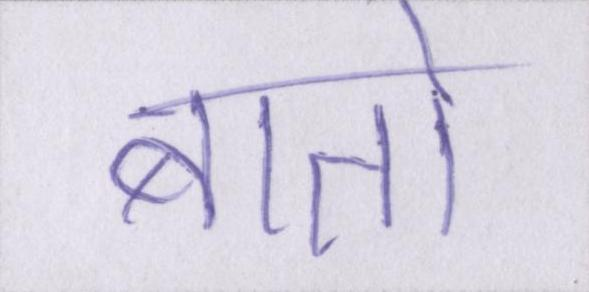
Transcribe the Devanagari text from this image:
बातो